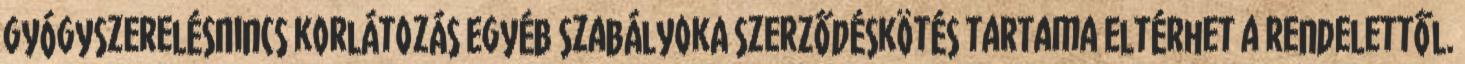
gyógyszerelésNincs korlátozás Egyéb szabályokA szerződéskötés tartama eltérhet a rendelettől.